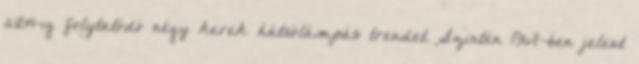
2014-ig folytatódó négy kerek hátsólámpás trendet. Szintén 1967-ben jelent